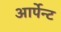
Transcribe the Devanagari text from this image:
आर्पेन्ट